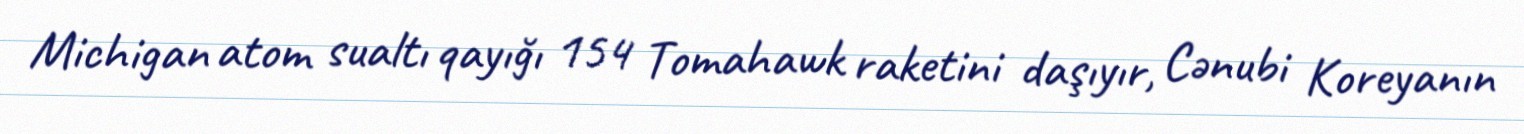
Michigan atom sualtı qayığı 154 Tomahawk raketini daşıyır, Cənubi Koreyanın